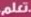
تعلم